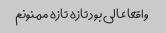
واقعا عالی بود تازه تازه ممنونم